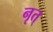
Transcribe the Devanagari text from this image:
नृत्